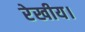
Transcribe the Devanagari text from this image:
रेखीय।